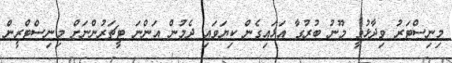
މިނިސްޓަރު ވިދާޅުވީ މޫނު ބުރުގާ އަޅައިގެން ކިޔަވައި ދެމުން އަންނަ ޓީޗަރުންނަށް މިނިސްޓްރީން